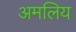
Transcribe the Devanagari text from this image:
अमलिय